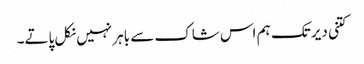
کتنی دیر تک ہم اس شاک سے باہر نہیں نکل پاتے۔